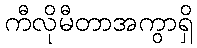
ကီလိုမီတာအကွာရှိ